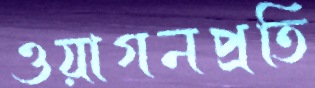
ওয়াগনপ্রতি